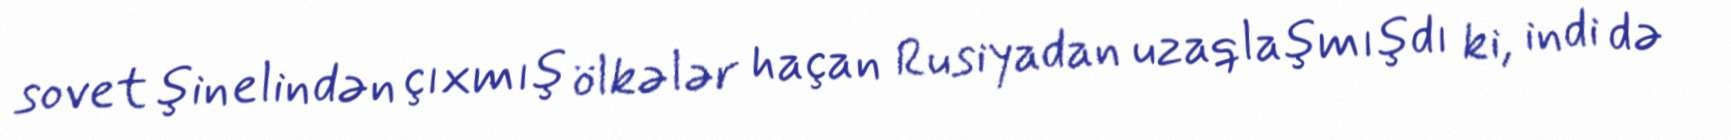
sovet şinelindən çıxmış ölkələr haçan Rusiyadan uzaqlaşmışdı ki, indi də